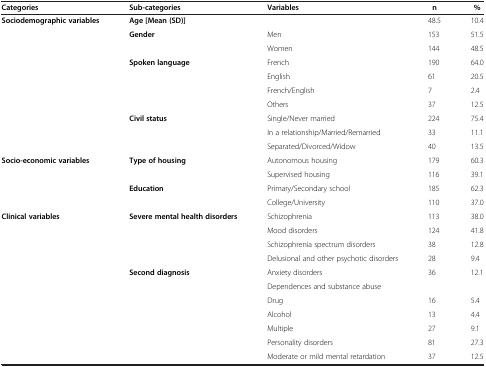
| Categories | Sub-categories | Variables | n | % |
 | --- | --- | --- | --- | --- |
 | Sociodemographic variables | Age [Mean (SD)] |  | 48.5 | 10.4 |
 |  | Gender | Men | 153 | 51.5 |
 |  |  | Women | 144 | 48.5 |
 |  | Spoken language | French | 190 | 64.0 |
 |  |  | English | 61 | 20.5 |
 |  |  | French/English | 7 | 2.4 |
 |  |  | Others | 37 | 12.5 |
 |  | Civil status | Single/Never married | 224 | 75.4 |
 |  |  | In a relationship/Married/Remarried | 33 | 11.1 |
 |  |  | Separated/Divorced/Widow | 40 | 13.5 |
 | Socio-economic variables | Type of housing | Autonomous housing | 179 | 60.3 |
 |  |  | Supervised housing | 116 | 39.1 |
 |  | Education | Primary/Secondary school | 185 | 62.3 |
 |  |  | College/University | 110 | 37.0 |
 | Clinical variables | Severe mental health disorders | Schizophrenia | 113 | 38.0 |
 |  |  | Mood disorders | 124 | 41.8 |
 |  |  | Schizophrenia spectrum disorders | 38 | 12.8 |
 |  |  | Delusional and other psychotic disorders | 28 | 9.4 |
 |  | Second diagnosis | Anxiety disorders | 36 | 12.1 |
 |  |  | Dependences and substance abuse |  |  |
 |  |  | Drug | 16 | 5.4 |
 |  |  | Alcohol | 13 | 4.4 |
 |  |  | Multiple | 27 | 9.1 |
 |  |  | Personality disorders | 81 | 27.3 |
 |  |  | Moderate or mild mental retardation | 37 | 12.5 |